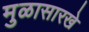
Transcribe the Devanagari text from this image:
मुळासारखे